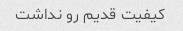
کیفیت قدیم رو نداشت